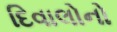
દિવાલોનો